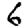
Digit: 6